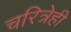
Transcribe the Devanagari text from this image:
चरित्रेही